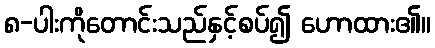
၈-ပါးကိုတောင်းသည်နှင့်စပ်၍ ဟောထား၏။